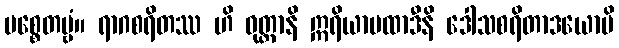
ပစ္စေတဗ္ဗံ။ ရာဂစရိတဿ ဟိ ဝုတ္တာနိ ဣရိယာပထာဒီနိ ဒေါသစရိတာဒယောပိ